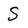
Character: S